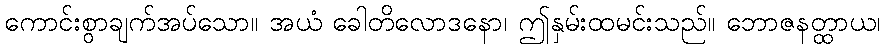
ကောင်းစွာချက်အပ်သော။ အယံ ခေါတိလောဒနော၊ ဤနှမ်းထမင်းသည်။ ဘောဇနတ္ထာယ၊